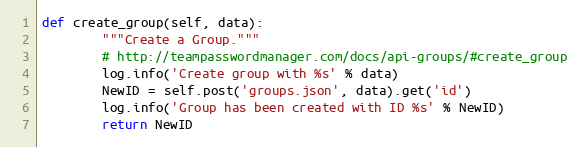
Language: Python
def create_group(self, data):
        """Create a Group."""
        # http://teampasswordmanager.com/docs/api-groups/#create_group
        log.info('Create group with %s' % data)
        NewID = self.post('groups.json', data).get('id')
        log.info('Group has been created with ID %s' % NewID)
        return NewID